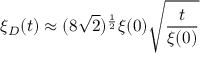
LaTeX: \xi _ { D } ( t ) \approx ( 8 \sqrt { 2 } ) ^ { \frac { 1 } { 2 } } \xi ( 0 ) \sqrt { \frac { t } { \xi ( 0 ) } }